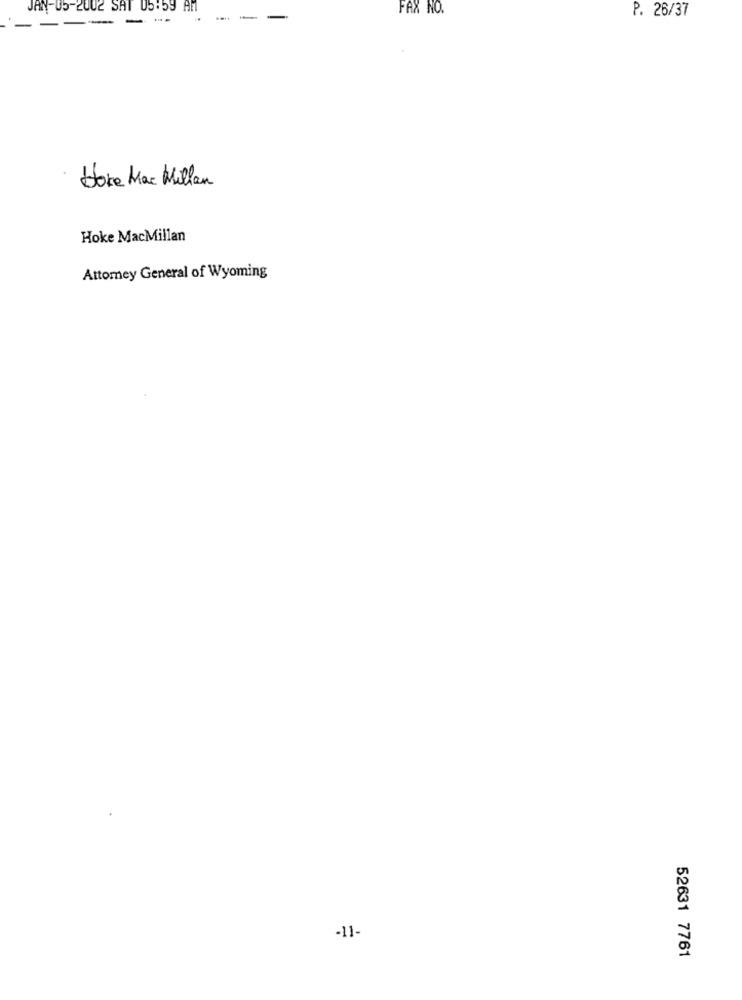
JAN-05-2002 SAT 05:59 AM
FAX NO.
-----
-
P. 26/37
Hoke Mac Millan
Hoke MacMillan
Attorney General of Wyoming
-11-
52631 7761